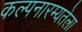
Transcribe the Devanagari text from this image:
कल्पनारम्यतेला